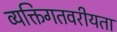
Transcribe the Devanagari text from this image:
व्यक्तिगतवरीयता